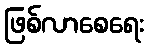
ဖြစ်လာစေရေး